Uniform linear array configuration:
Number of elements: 48
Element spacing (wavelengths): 0.5
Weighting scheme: exponential
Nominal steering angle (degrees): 15
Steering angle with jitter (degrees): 15.175
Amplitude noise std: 0.05
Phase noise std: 0.05

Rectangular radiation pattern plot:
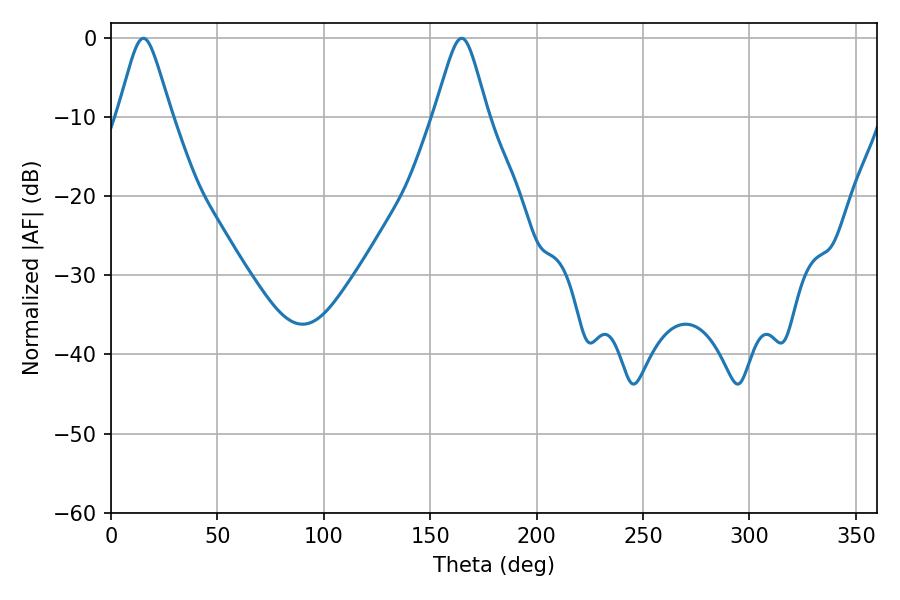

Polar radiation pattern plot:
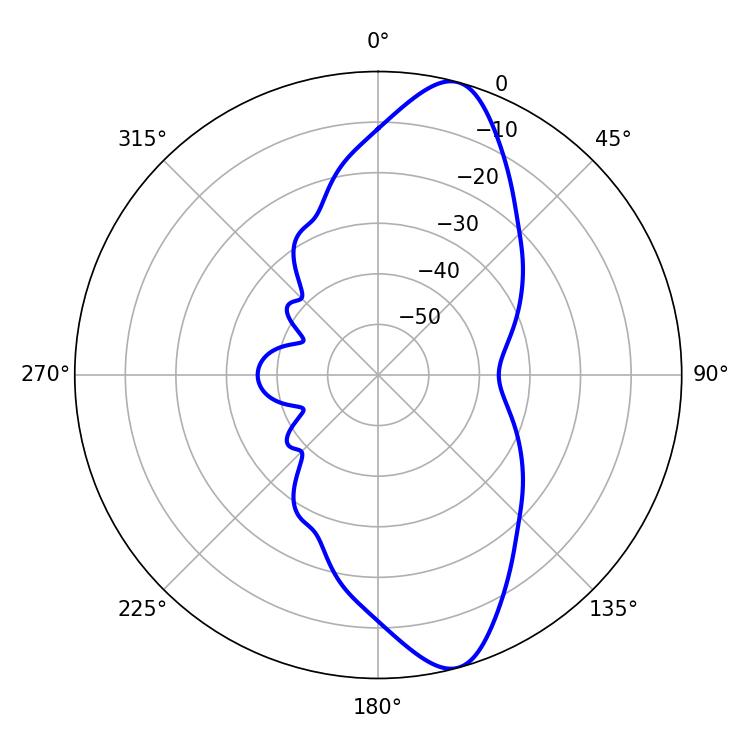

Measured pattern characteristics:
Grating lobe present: FALSE
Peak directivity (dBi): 11.641
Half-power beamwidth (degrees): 11.88
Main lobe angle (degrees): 15.3